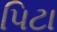
પિટા